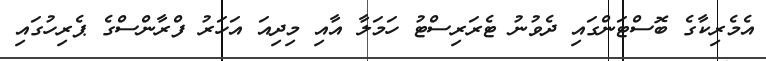
އެމެރިކާގެ ބޮސްޓަންގައި ދެވުނު ޓެރަރިސްޓު ހަމަލާ އާއި މިދިއަ އަހަރު ފްރާންސްގެ ޕެރިހުގައި